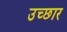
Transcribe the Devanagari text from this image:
उच्छार